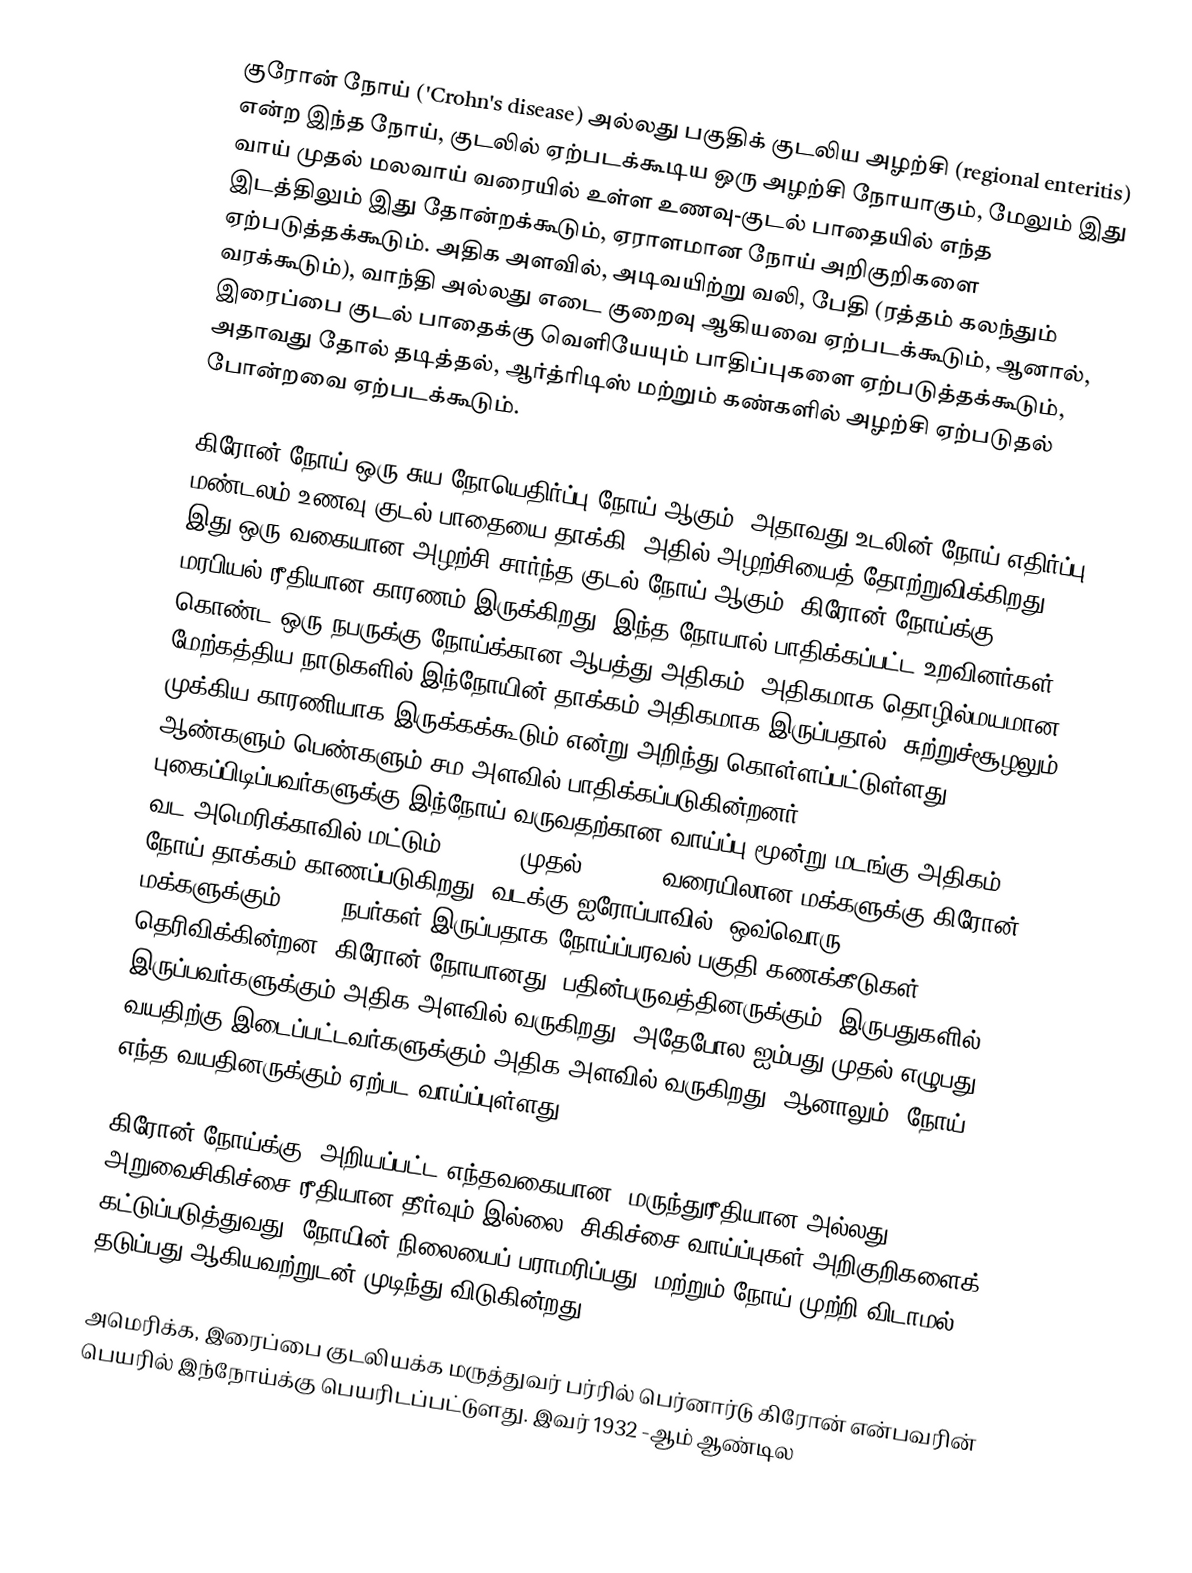
குரோன் நோய் ('Crohn's disease) அல்லது பகுதிக் குடலிய அழற்சி (regional enteritis) என்ற இந்த நோய், குடலில் ஏற்படக்கூடிய ஒரு அழற்சி நோயாகும், மேலும் இது வாய் முதல் மலவாய் வரையில் உள்ள உணவு-குடல் பாதையில் எந்த இடத்திலும் இது தோன்றக்கூடும், ஏராளமான நோய் அறிகுறிகளை ஏற்படுத்தக்கூடும். அதிக அளவில், அடிவயிற்று வலி, பேதி (ரத்தம் கலந்தும் வரக்கூடும்), வாந்தி அல்லது எடை குறைவு ஆகியவை ஏற்படக்கூடும், ஆனால், இரைப்பை குடல் பாதைக்கு வெளியேயும் பாதிப்புகளை ஏற்படுத்தக்கூடும், அதாவது தோல் தடித்தல், ஆர்த்ரிடிஸ் மற்றும் கண்களில் அழற்சி ஏற்படுதல் போன்றவை ஏற்படக்கூடும்.

கிரோன் நோய் ஒரு சுய நோயெதிர்ப்பு நோய் ஆகும், அதாவது உடலின் நோய் எதிர்ப்பு மண்டலம் உணவு-குடல் பாதையை தாக்கி, அதில் அழற்சியைத் தோற்றுவிக்கிறது; இது ஒரு வகையான அழற்சி சார்ந்த குடல் நோய் ஆகும். கிரோன் நோய்க்கு மரபியல் ரீதியான காரணம் இருக்கிறது, இந்த நோயால் பாதிக்கப்பட்ட உறவினர்கள் கொண்ட ஒரு நபருக்கு நோய்க்கான ஆபத்து அதிகம். அதிகமாக தொழில்மயமான, மேற்கத்திய நாடுகளில் இந்நோயின் தாக்கம் அதிகமாக இருப்பதால், சுற்றுச்சூழலும் முக்கிய காரணியாக இருக்கக்கூடும் என்று அறிந்து கொள்ளப்பட்டுள்ளது. ஆண்களும் பெண்களும் சம அளவில் பாதிக்கப்படுகின்றனர். புகைப்பிடிப்பவர்களுக்கு இந்நோய் வருவதற்கான வாய்ப்பு மூன்று மடங்கு அதிகம். வட அமெரிக்காவில் மட்டும் 400,000 முதல் 600,000 வரையிலான மக்களுக்கு கிரோன் நோய் தாக்கம் காணப்படுகிறது. வடக்கு ஐரோப்பாவில், ஒவ்வொரு 100,000 மக்களுக்கும் 27–48 நபர்கள் இருப்பதாக நோய்ப்பரவல் பகுதி கணக்கீடுகள் தெரிவிக்கின்றன. கிரோன் நோயானது, பதின்பருவத்தினருக்கும், இருபதுகளில் இருப்பவர்களுக்கும் அதிக அளவில் வருகிறது, அதேபோல ஐம்பது முதல் எழுபது வயதிற்கு இடைப்பட்டவர்களுக்கும் அதிக அளவில் வருகிறது. ஆனாலும், நோய் எந்த வயதினருக்கும் ஏற்பட வாய்ப்புள்ளது.

கிரோன் நோய்க்கு, அறியப்பட்ட எந்தவகையான, மருந்துரீதியான அல்லது அறுவைசிகிச்சை ரீதியான தீர்வும் இல்லை. சிகிச்சை வாய்ப்புகள் அறிகுறிகளைக் கட்டுப்படுத்துவது, நோயின் நிலையைப் பராமரிப்பது, மற்றும் நோய் முற்றி விடாமல் தடுப்பது ஆகியவற்றுடன் முடிந்து விடுகின்றது.

அமெரிக்க, இரைப்பை குடலியக்க மருத்துவர் பர்ரில் பெர்னார்டு கிரோன் என்பவரின் பெயரில் இந்நோய்க்கு பெயரிடப்பட்டுளது. இவர் 1932 -ஆம் ஆண்டில